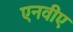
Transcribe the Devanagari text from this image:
एनवीए